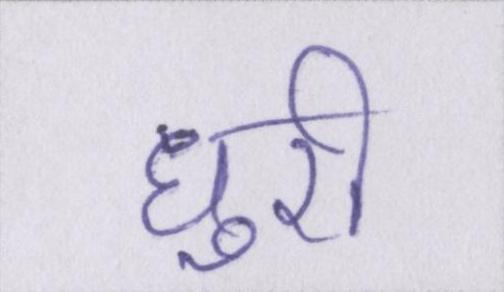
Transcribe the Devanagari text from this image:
धुरी